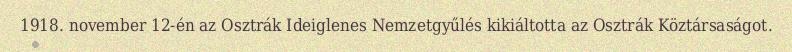
1918. november 12-én az Osztrák Ideiglenes Nemzetgyűlés kikiáltotta az Osztrák Köztársaságot.